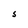
Character: S